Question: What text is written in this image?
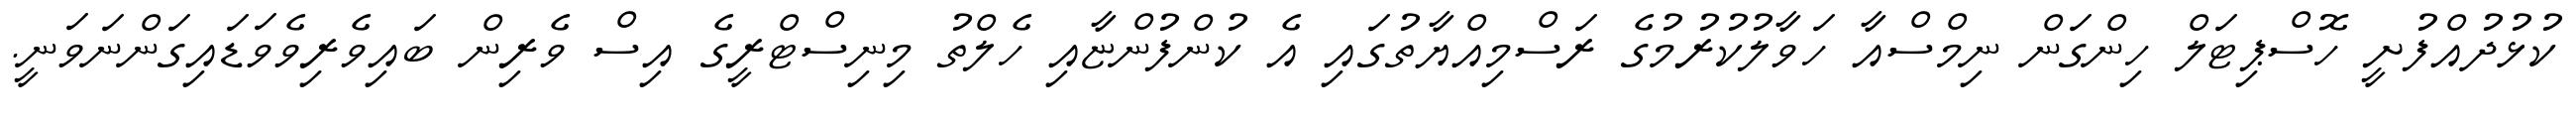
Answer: ކުޅުދުއްފުށީ ހޮސްޕިޓަލް ހިންގަން ނިމްސްއާ ހަވާލުކުރުމުގެ ރަސްމިއްޔާތުގައި އެ ކުންފުންޏާއި ހެލްތު މިނިސްޓްރީގެ އިސް ވެރިން ބައިވެރިވެވަޑައިގަންނަވަނީ.